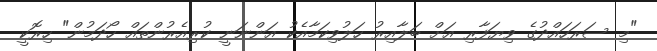
"މި ސަރަހައްދުގެ ވިޔަފާރި އަށް ބަލާއިރު ހަލުވިކަމާއެކު އަންނަނީ ކުރިއެރުންތައް ހޯދަމުން" ހިރޮކީ